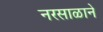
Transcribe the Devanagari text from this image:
नरसाळाने